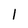
Character: 1